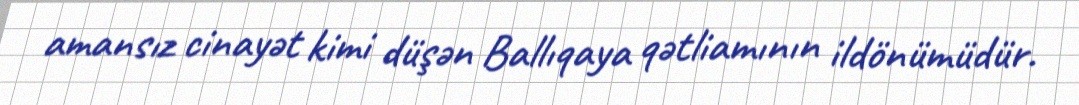
amansız cinayət kimi düşən Ballıqaya qətliamının ildönümüdür.